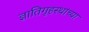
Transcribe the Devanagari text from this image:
ज्ञातिगृहस्थांच्या